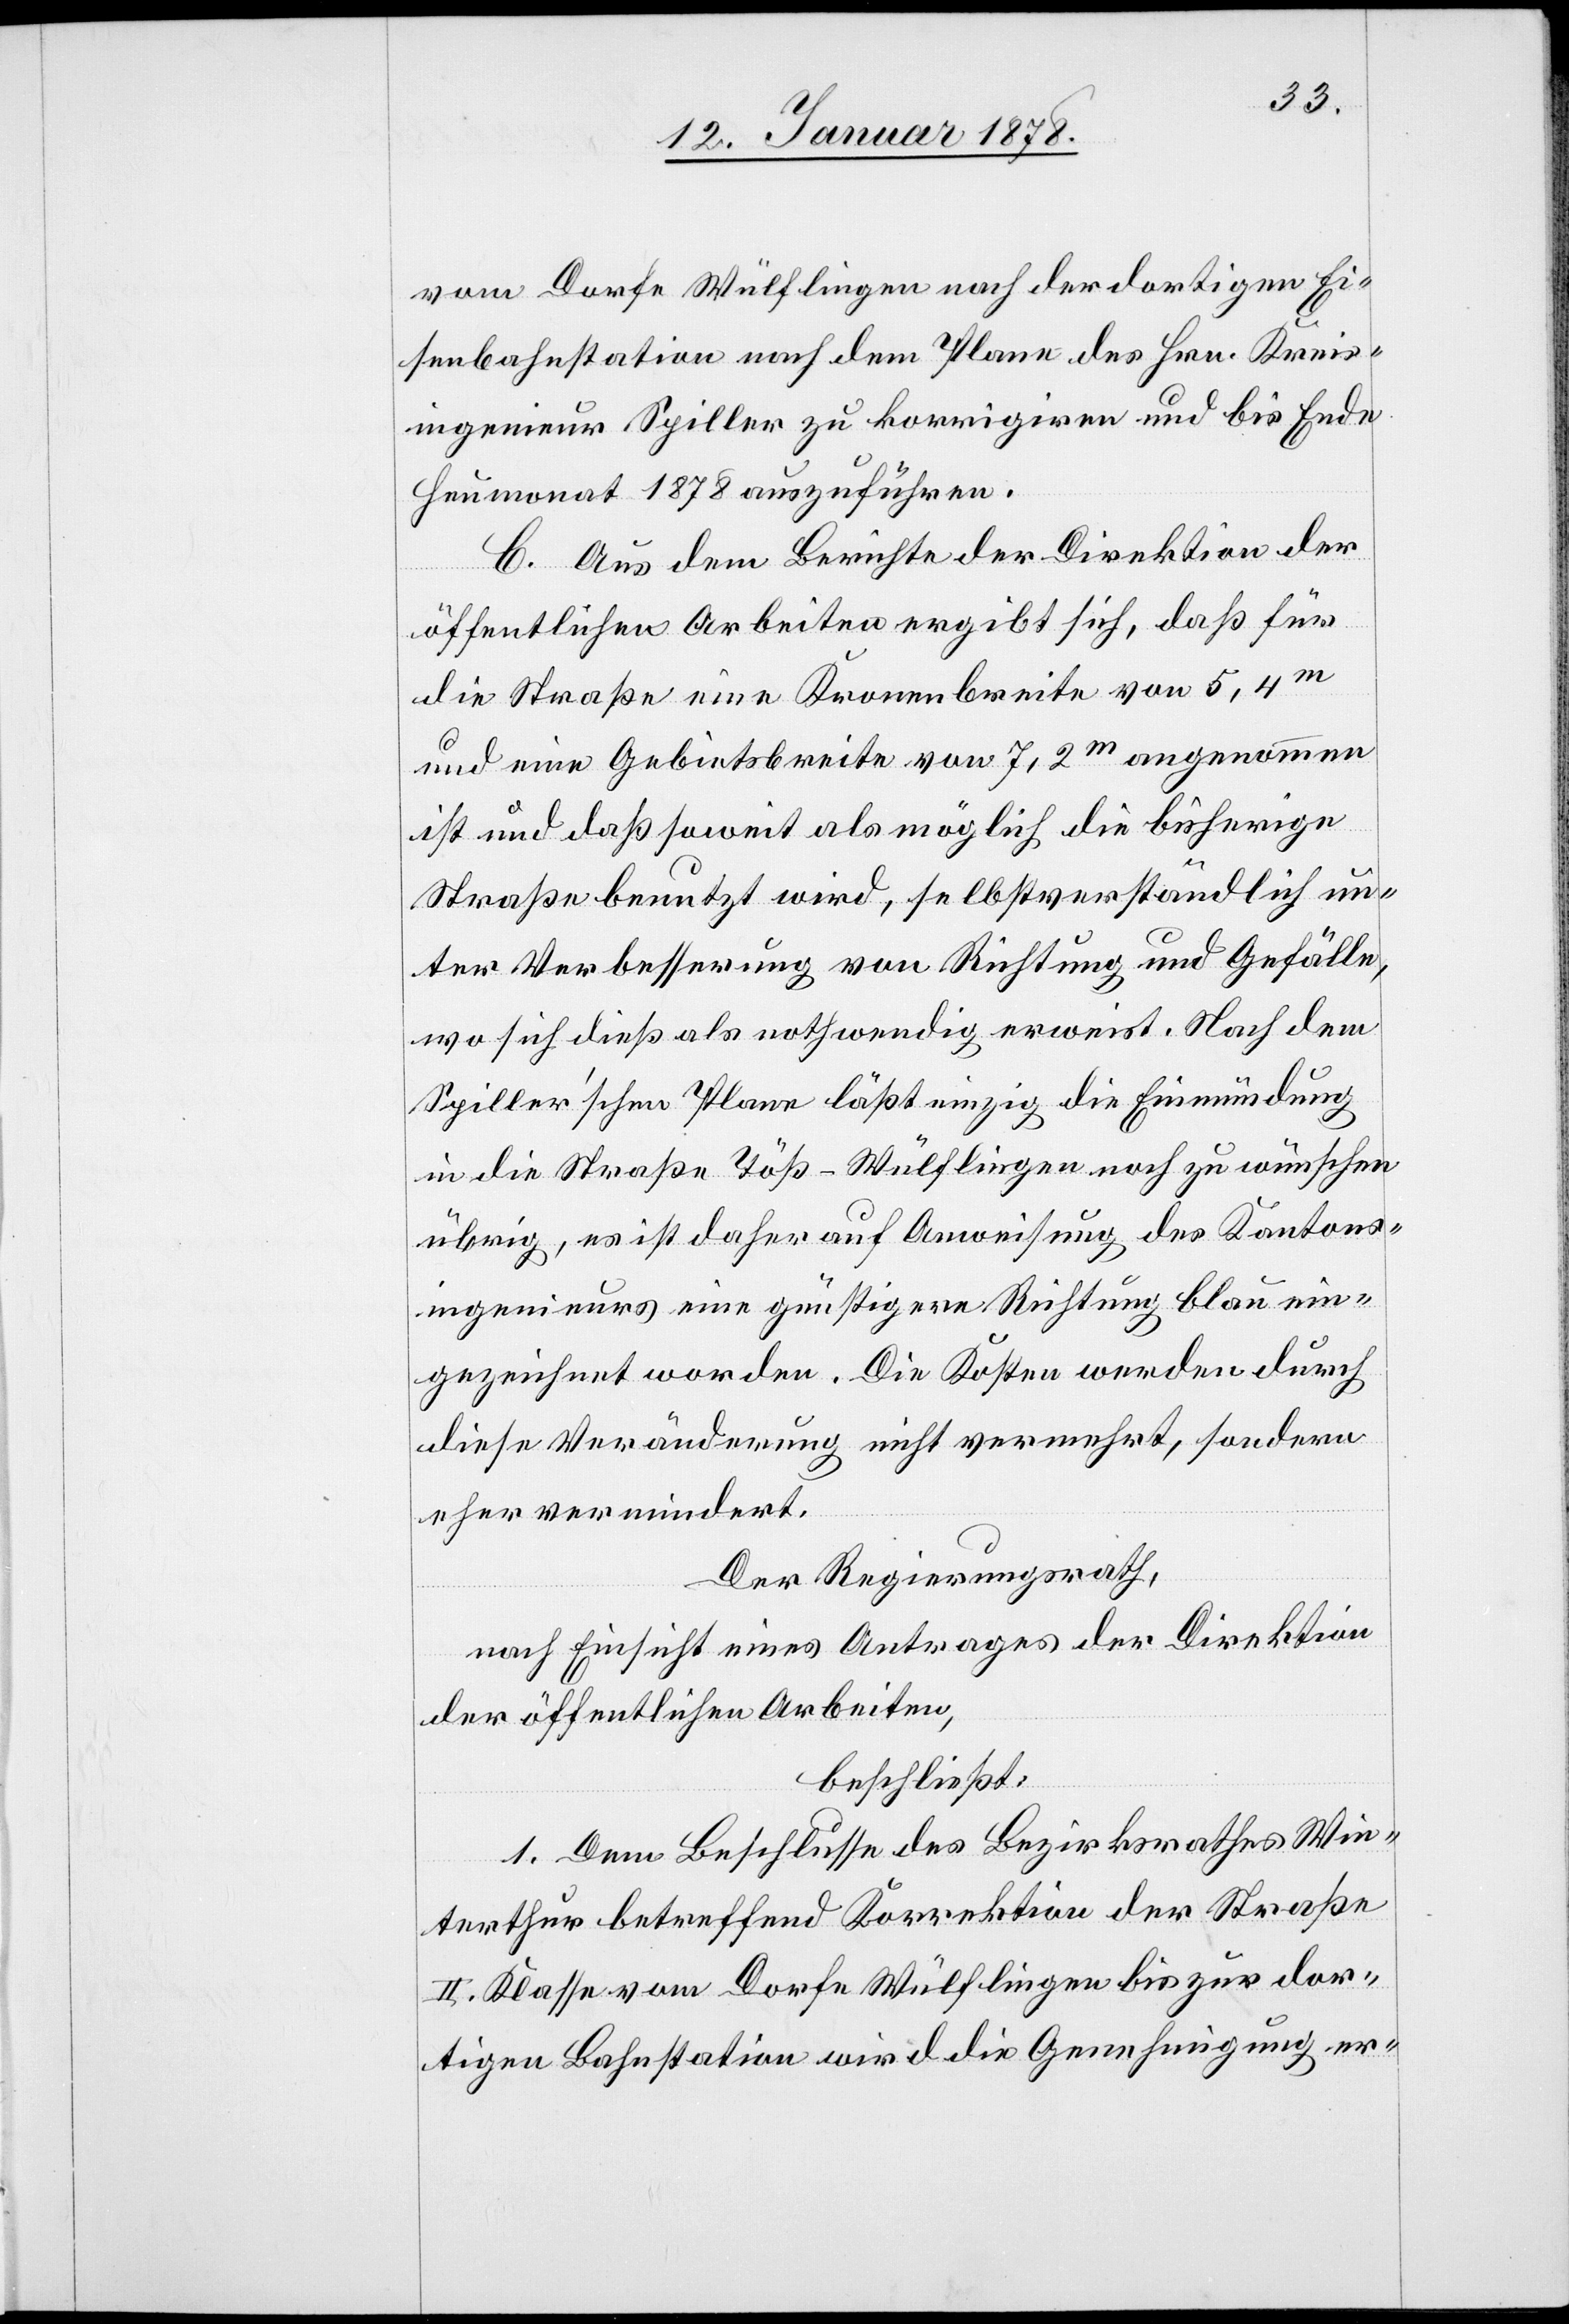
vom Dorfe Wülflingen nach der dortigen Ei¬
senbahnstation nach dem Plane des Hrn. Kreis¬
ingenieur Spiller zu korrigiren und bis Ende
Heumonat 1878 auszuführen.
C. Aus dem Berichte der Direktion der
öffentlichen Arbeiten ergibt sich, daß für
die Straße eine Kronenbreite von 5,4 m
und eine Gebietsbreite von 7,2 m angenommen
ist und daß soweit als möglich die bisherige
Straße benutzt wird, selbstverständlich un¬
ter Verbesserung von Richtung und Gefälle,
wo sich dieß als nothwendig erweist. Nach dem
Spiller’schen Plane läßt einzig die Einmündung
in die Straße Töß–Wülflingen noch zu wünschen
übrig, es ist daher auf Anweisung des Kantons¬
ingenieurs eine günstigere Richtung blau ein¬
gezeichnet worden. Die Kosten werden durch
diese Veränderung nicht vermehrt, sondern
eher vermindert.
Der Regierungsrath,
nach Einsicht eines Antrages der Direktion
der öffentlichen Arbeiten,
beschließt:
1. Dem Beschlusse des Bezirksrathes Win¬
terthur betreffend Korrektion der Straße
II Klasse vom Dorfe Wülflingen bis zur dor¬
tigen Bahnstation wird die Genehmigung er-